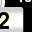
Digit: 2